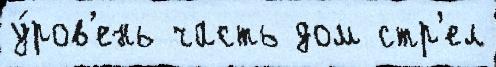
у́ров'ень часть дом стр'ел